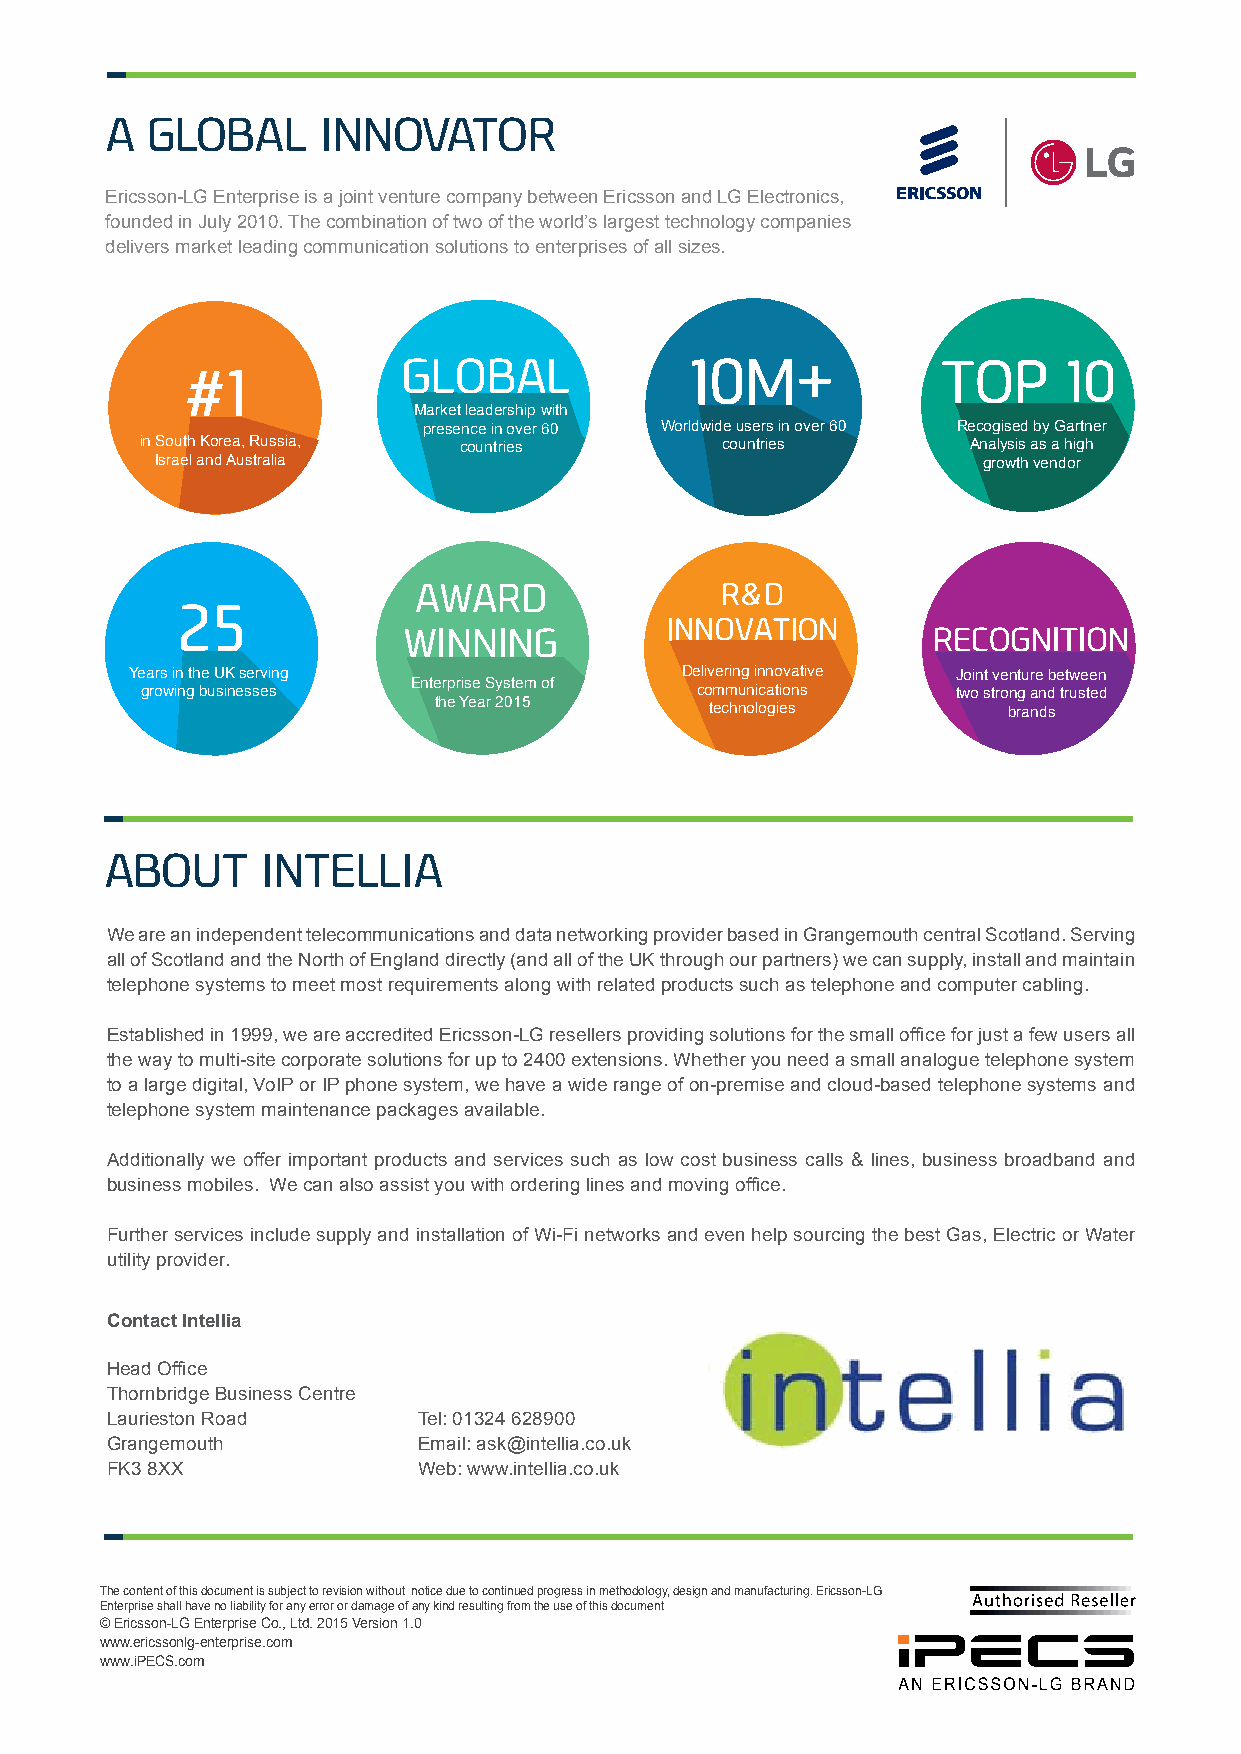
A  GLOBAL     INNOVATOR
 Ericsson-LG Enterprise is a joint venture company between Ericsson and LG Electronics,
 founded in July 2010. The combination of two of the world’s largest technology companies
 delivers market leading communication solutions to enterprises of all sizes.
 Market leadership with
 presence in over 60 Worldwide users in over 60 Recogised by Gartner
 in South Korea, Russia, countries      countries       Analysis as a high
 Israel and Australia                                   growth vendor
 Years in the UK serving             Delivering innovative Joint venture between
 Enterprise System of
 growing businesses                   communications   two strong and trusted
 the Year 2015
 technologies        brands
 ABOUT     INTELLIA
 We are an independent telecommunications and data networking provider based in Grangemouth central Scotland. Serving
 all of Scotland and the North of England directly (and all of the UK through our partners) we can supply, install and maintain
 telephone systems to meet most requirements along with related products such as telephone and computer cabling.
 Established in 1999, we are accredited Ericsson-LG resellers providing solutions for the small office for just a few users all
 the way to multi-site corporate solutions for up to 2400 extensions. Whether you need a small analogue telephone system
 to a large digital, VoIP or IP phone system, we have a wide range of on-premise and cloud-based telephone systems and
 telephone system maintenance packages available.
 Additionally we offer important products and services such as low cost business calls & lines, business broadband and
 business mobiles. We can also assist you with ordering lines and moving office.
 Further services include supply and installation of Wi-Fi networks and even help sourcing the best Gas, Electric or Water
 utility provider.
 Contact Intellia
 Head Office
 Thornbridge Business Centre
 Laurieston Road      Tel: 01324 628900
 Grangemouth          Email: ask@intellia.co.uk
 FK3 8XX              Web: www.intellia.co.uk
 The content of this document is subject to revision without notice due to continued progress in methodology, design and manufacturing. Ericsson-LG
 Enterprise shall have no liability for any error or damage of any kind resulting from the use of this document
 © Ericsson-LG Enterprise Co., Ltd. 2015 Version 1.0
 www.ericssonlg-enterprise.com
 www.iPECS.com